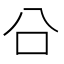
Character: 㕣